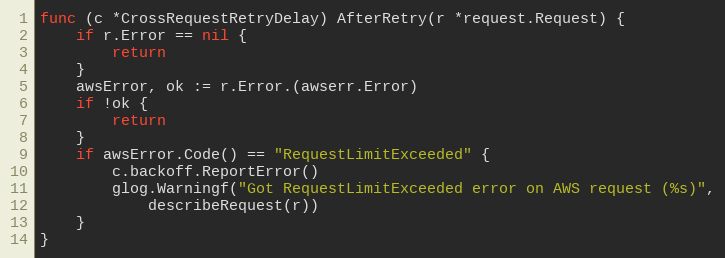
Language: Go
func (c *CrossRequestRetryDelay) AfterRetry(r *request.Request) {
	if r.Error == nil {
		return
	}
	awsError, ok := r.Error.(awserr.Error)
	if !ok {
		return
	}
	if awsError.Code() == "RequestLimitExceeded" {
		c.backoff.ReportError()
		glog.Warningf("Got RequestLimitExceeded error on AWS request (%s)",
			describeRequest(r))
	}
}